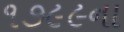
૧૭૯૯ના